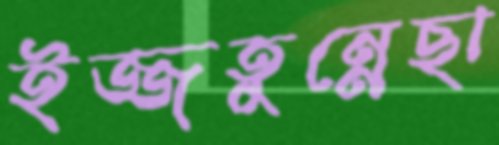
ইজ্জতুন্নেছা